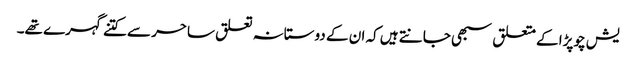
یش چوپڑا کے متعلق سبھی جانتے ہیں کہ ان کے دوستانہ تعلق ساحر سے کتنے گہرے تھے۔